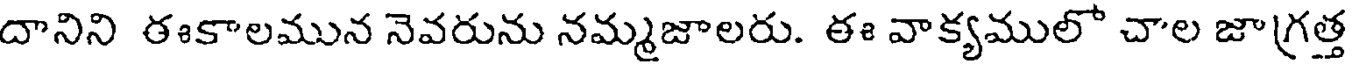
దానిని ఈకాలమున నెవరును నమ్మజాలరు. ఈ వాక్యములో చాల జాగ్రత్త